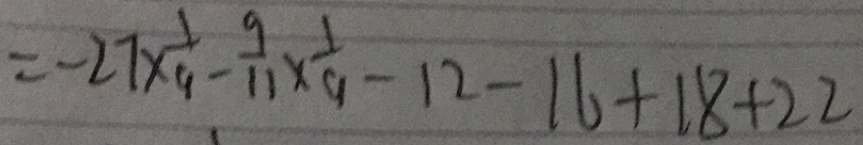
= - 2 7 \times \frac { 1 } { 9 } - \frac { 9 } { 1 1 } \times \frac { 1 } { 9 } - 1 2 - 1 6 + 1 8 + 2 2